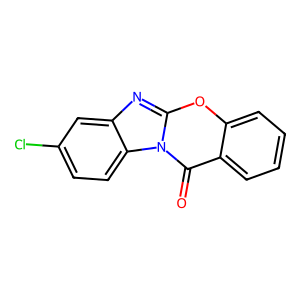
SMILES: O=c1c2ccccc2oc2nc3cc(Cl)ccc3n12
Inhibits HIV replication: No